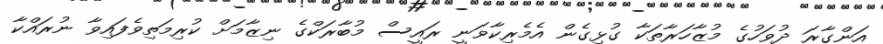
އަންގާރަ ދުވަހުގެ މުޒާހަރާތަކާ ގުޅިގެން އެމެރިކާވަނީ ރައީސް މުބާރަކްގެ ނިޒާމަށް ކުރިމަތިވެފައިވާ ނުރައްކާ